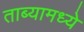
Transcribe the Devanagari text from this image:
ताब्यामध्ये